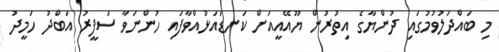
މި ބައްދަލުވުމުގައި ދުންޔާގެ އިތުރުން ޔޫއޭއީއަށް ކަނޑައަޅުއްވާފައި ހުންނަވާ ސަފީރު އަބްދު ހަމީދު